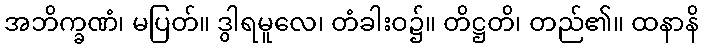
အဘိက္ခဏံ၊ မပြတ်။ ဒွါရမူလေ၊ တံခါးဝ၌။ တိဋ္ဌတိ၊ တည်၏။ ထနာနိ